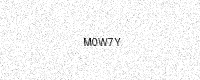
Text: M0W7Y